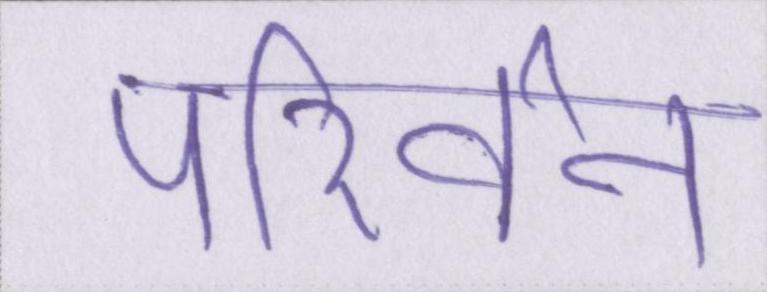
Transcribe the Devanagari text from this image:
परिर्वन